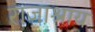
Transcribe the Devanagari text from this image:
राजाश्राय